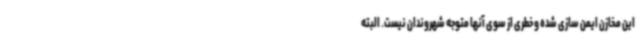
این مخازن ایمن سازی شده و خطری از سوی آنها متوجه شهروندان نیست. البته